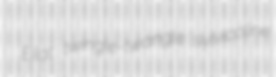
Eilat twingle-twangle sylvicoline